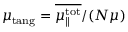
\mu _ { \mathrm { t a n g } } = \overline { { \mu _ { \parallel } ^ { \mathrm { t o t } } } } / ( N \mu )